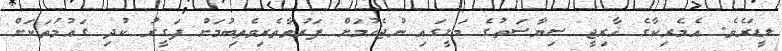
ލީޑަރެވެ. އެމެރިކާގެ ޚާރިޖީ ސިޔާސަތުގެ މަޅީގައި ނުޖެހުމަށް ފަރުވާތެރިވެތިބުމަށް ފަގީރު ކުދި ގައުމުތަކަށް